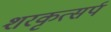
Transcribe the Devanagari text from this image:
शरकृत्‍सर्प